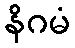
နိဂမံ